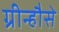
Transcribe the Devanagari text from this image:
ग्रीन्हौसे